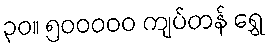
၃၀။ ၅၀၀၀၀၀ ကျပ်တန် ရွှေ